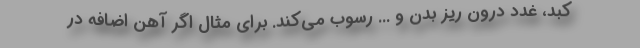
کبد، غدد درون ریز بدن و ... رسوب می‌کند. برای مثال اگر آهن اضافه در